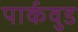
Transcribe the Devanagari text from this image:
पार्कवुड